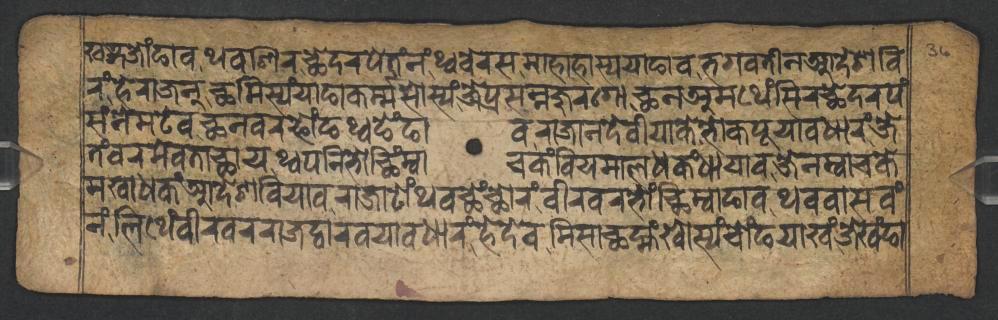
𑐏𑐜𑑂𑐐𑐖𑑀𑑄𑐒𑐵𑐰𑐠𑐰𑐱𑐶𑐬𑐕𑐾𑐡𑐬𑐥𑐾𑐟𑑄𑐣𑑄𑐠𑑂𑐰𑐧𑐾𑐬𑐳𑐩𑐵𑐴𑐵𑐴𑐵𑐳𑑂𑐫𑐫𑐵𑐒𑐵𑐰𑐨𑐐𑐰𑐟𑐷𑐣𑐁𑐡𑐾𑐱𑐧𑐶 𑐬𑑄𑐴𑐾𑐬𑐵𑐖𑐣𑑂𑐕𑐩𑐶𑐳𑑂𑐫𑑄𑐫𑐵𑐒𑐵𑐎𑐬𑑂𑐩𑑂𑐩𑐳𑑀𑐳𑑂𑐫𑑄𑐖𑐾𑐥𑑂𑐬𑐳𑐣𑑂𑐣𑐖𑐸𑐬𑐐𑑀𑐕𑐣𑐀𑐩𑐠𑐾𑑄𑐳𑐶𑐬𑐕𑐾𑐡𑐬𑐥𑑄 𑐳𑑄𑐣𑐾𑐩𑐚𑐾𑐰𑐕𑐣𑐰𑐬𑐦𑑀𑑄𑐒𑐠𑑂𑐰𑐒𑐾𑑄𑐒𑐵𑐰𑐬𑐵𑐖𑐵𑐣𑐡𑐾𑐰𑐷𑐫𑐵𑐎𑐾𑐨𑑀𑐎𑐥𑐹𑐫𑐵𑐰𑐢𑐵𑐬𑑄𑐖𑐾 𑐟𑑄𑐰𑐬𑐩𑐾𑐰𑐟𑐵𑐕𑐵𑐫𑐠𑑂𑐰𑐥𑐣𑐶𑐨𑑀𑐕𑐶𑑄𑐩𑑂𑐰𑐵𑐔𑐎𑑄𑐧𑐶𑐫𑐩𑐵𑐮𑐢𑐎𑑄𑐢𑐵𑐫𑐵𑐰𑐖𑐾𑐣𑐩𑑂𑐰𑐵𑐔𑐎𑐾 𑐩𑐏𑐵𑐢𑐎𑑄𑐁𑐡𑐾𑐱𑐧𑐶𑐫𑐵𑐰𑐬𑐵𑐖𑐵𑐚𑑀𑑄𑐠𑐰𑐕𑐾𑑄𑐕𑑀𑐬𑑄𑐰𑐷𑐬𑐰𑐬𑐨𑑀𑑄𑐕𑐶𑐩𑑂𑐰𑐵𑐒𑐵𑐰𑐠𑐰𑐰𑐵𑐳𑐰𑑄 𑐣𑑄𑐮𑐶𑐠𑐾𑑄𑐰𑐷𑐬𑐰𑐬𑐬𑐵𑐖𑐡𑑂𑐰𑐵𑐬𑐰𑐫𑐵𑐰𑐢𑐵𑐬𑑄𑐴𑐾𑐡𑐾𑐰𑐩𑐶𑐳𑐵𑐕𑐩𑑂𑐴𑑄𑐏𑑀𑐳𑑂𑐫𑑄𑐔𑑀𑑄𑐒𑐫𑐵𑐏𑑄𑐖𑐾𑐏𑑄𑐒𑐵